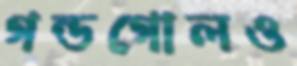
গন্ডগোলও